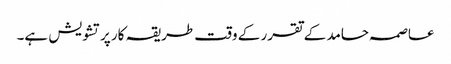
عاصمہ حامد کے تقرر کے وقت طریقہ کار پرتشویش ہے۔